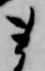
来